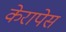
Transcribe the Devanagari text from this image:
केरापेस